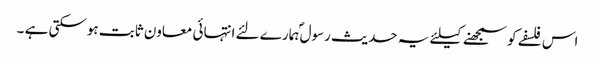
اس فلسفے کو سمجھنے کیلئے یہ حدیث رسول ؐہمارے لئے انتہائی معاون ثابت ہوسکتی ہے ۔